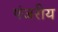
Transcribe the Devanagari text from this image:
पंजरीय